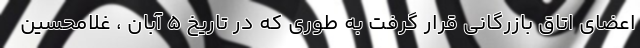
اعضای اتاق بازرگانی قرار گرفت به طوری که در تاریخ ۵ آبان ، غلامحسین